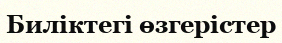
Биліктегі өзгерістер